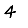
Digit: 4